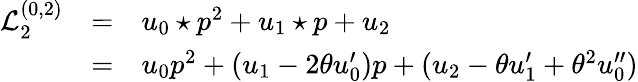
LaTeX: \begin{array}{lcl}{{{\mathcal L}_{2}^{(0,2)}}}&{{=}}&{{{u_{0}\star p}^{2}+u_{1}\star p+u_{2}}}\\ {{}}&{{=}}&{{u_{0}{p}^{2}+(u_{1}-2\theta u_{0}^{\prime})p+(u_{2}-\theta u_{1}^{\prime}+\theta^{2}u_{0}^{\prime\prime})}}\end{array}